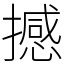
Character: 撼